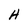
Character: H